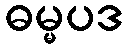
ဓမ္မပဒ